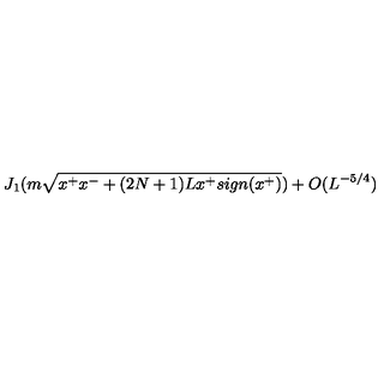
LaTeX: J _ { 1 } ( m \sqrt { x ^ { + } x ^ { - } + ( 2 N + 1 ) L x ^ { + } s i g n ( x ^ { + } ) } ) + O ( L ^ { - 5 / 4 } )